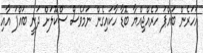
އަހަރެން ބައްޕަ ހުރެއްޖިއްޔާ ބޮޑާ ހާކައިގެން ނަމަވެސް ސްކޫލަށް ދަނީ ބައްޕަ އާއި